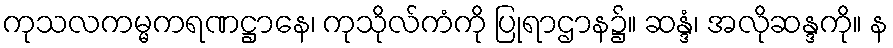
ကုသလကမ္မကရဏဋ္ဌာနေ၊ ကုသိုလ်ကံကို ပြုရာဌာန၌။ ဆန္ဒံ၊ အလိုဆန္ဒကို။ န